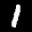
Label: 1